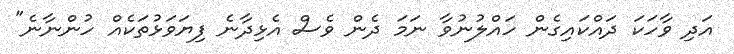
އަދި ވާހަކަ ދައްކައިގެން ހައްލުނުވާ ނަމަ ދެން ވެސް އެޅިދާނެ ފިޔަވަޅުތަކެއް ހުންނާނެ"